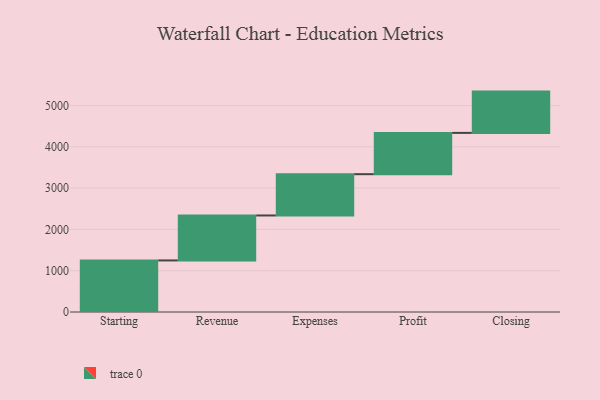
{"axis": {"x": "Step", "y": "Value"}, "legend": [""], "data": [{"x": "Starting", "y": 1249.0, "type": ""}, {"x": "Revenue", "y": 1089.0, "type": ""}, {"x": "Expenses", "y": 1000, "type": ""}, {"x": "Profit", "y": 1000, "type": ""}, {"x": "Closing", "y": 1000, "type": ""}]}